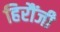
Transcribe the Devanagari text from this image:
हिरौंजी